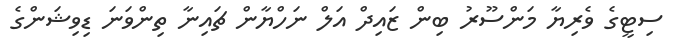
ސިޓީގެ ވެރިޔާ މަންސޫރު ބިން ޒައިދް އަލް ނަހްޔާން ޗައިނާ ތިންވަނަ ޑިވިޝަންގެ